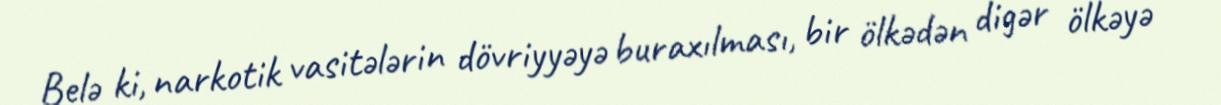
Belə ki, narkotik vasitələrin dövriyyəyə buraxılması, bir ölkədən digər ölkəyə